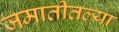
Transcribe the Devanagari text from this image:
जमातीतल्या